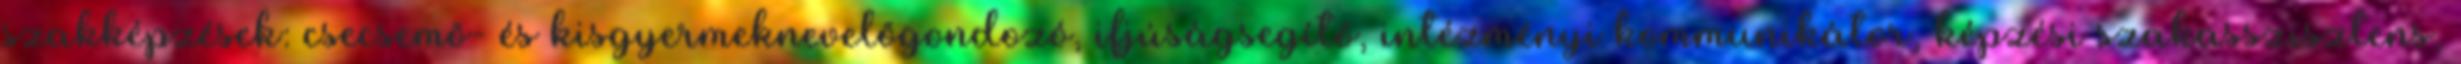
szakképzések: csecsemõ- és kisgyermeknevelõgondozó, ifjúságsegítõ, intézményi kommunikátor, képzési szakasszisztens,